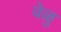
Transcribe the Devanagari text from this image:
वेळु